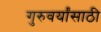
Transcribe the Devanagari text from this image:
गुरुवर्यांसाठी